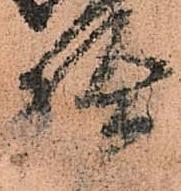
拾